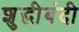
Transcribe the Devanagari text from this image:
शुद्धीबंदी